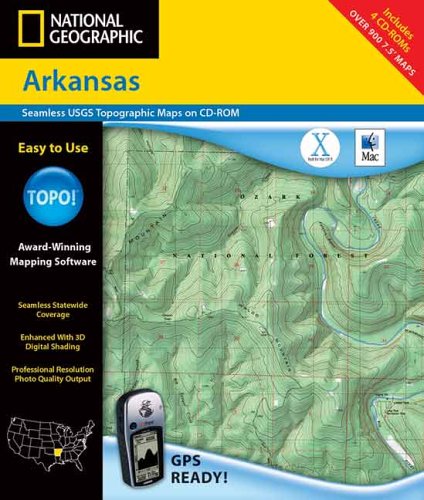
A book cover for Arkansas - Topo!; Geological Survey; Travel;